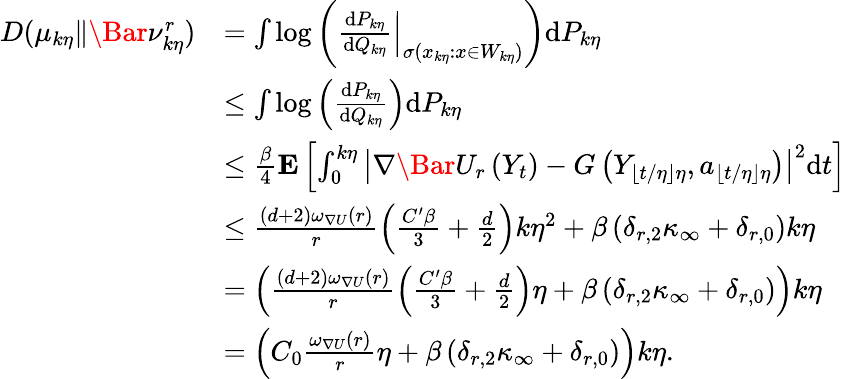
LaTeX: \begin{array}{rl}{D(\mu_{k\eta}\| \Bar{\nu}_{k\eta}^{r})}&{=\int\log\left(\left.\frac{\mathrm{d}P_{k\eta}}{\mathrm{d}Q_{k\eta}}\right|_{\sigma(x_{k\eta}:x\in W_{k\eta})}\right)\mathrm{d}P_{k\eta}}\\ &{\le\int\log\left(\frac{\mathrm{d}P_{k\eta}}{\mathrm{d}Q_{k\eta}}\right)\mathrm{d}P_{k\eta}}\\ &{\le\frac{\beta}{4}\mathbf{E}\left[\int_{0}^{k\eta}\left|\nabla\Bar{U}_{r}\left(Y_{t}\right)-G\left(Y_{\lfloor t/\eta\rfloor\eta},a_{\lfloor t/\eta\rfloor\eta}\right)\right|^{2}\mathrm{d}t\right]}\\ &{\le\frac{(d+2)\omega_{\nabla U}(r)}{r}\left(\frac{C^{\prime}\beta}{3}+\frac{d}{2}\right)k\eta^{2}+\beta\left(\delta_{r,2}\kappa_{\infty}+\delta_{r,0}\right)k\eta}\\ &{=\left(\frac{(d+2)\omega_{\nabla U}(r)}{r}\left(\frac{C^{\prime}\beta}{3}+\frac{d}{2}\right)\eta+\beta\left(\delta_{r,2}\kappa_{\infty}+\delta_{r,0}\right)\right)k\eta}\\ &{=\left(C_{0}\frac{\omega_{\nabla U}(r)}{r}\eta+\beta\left(\delta_{r,2}\kappa_{\infty}+\delta_{r,0}\right)\right)k\eta.}\end{array}